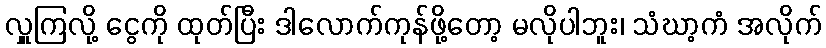
လှူကြလို့ ငွေကို ထုတ်ပြီး ဒါလောက်ကုန်ဖို့တော့ မလိုပါဘူး၊ သံဃာ့ကံ အလိုက်